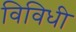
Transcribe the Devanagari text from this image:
विविधी